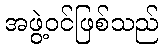
အဖွဲ့ဝင်ဖြစ်သည်